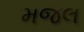
મજલ